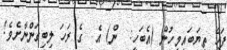
ފަހެ ތިޔަބައިމީހުން (އެބަހީ:  ން) އެ  ގެ ރަހަ ލިބިގަންނާށެވެ!